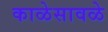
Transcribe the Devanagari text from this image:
काळेसावळे